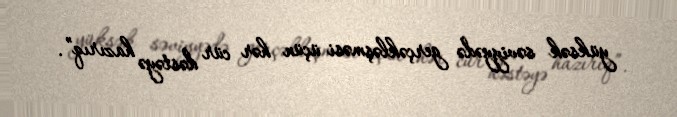
yüksək səviyyədə gerçəkləşməsi üçün hər cür dəstəyə hazırıq”.